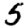
Digit: 5